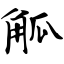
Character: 觚